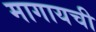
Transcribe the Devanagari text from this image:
मागायची